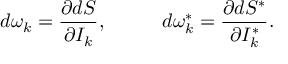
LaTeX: d \omega _ { k } = \frac { \partial d S } { \partial I _ { k } } , \; \; \; \; \; \; \; \; \; \; d \omega _ { k } ^ { * } = \frac { \partial d S ^ { * } } { \partial I _ { k } ^ { * } } .